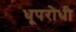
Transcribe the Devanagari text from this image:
धूपरोधी